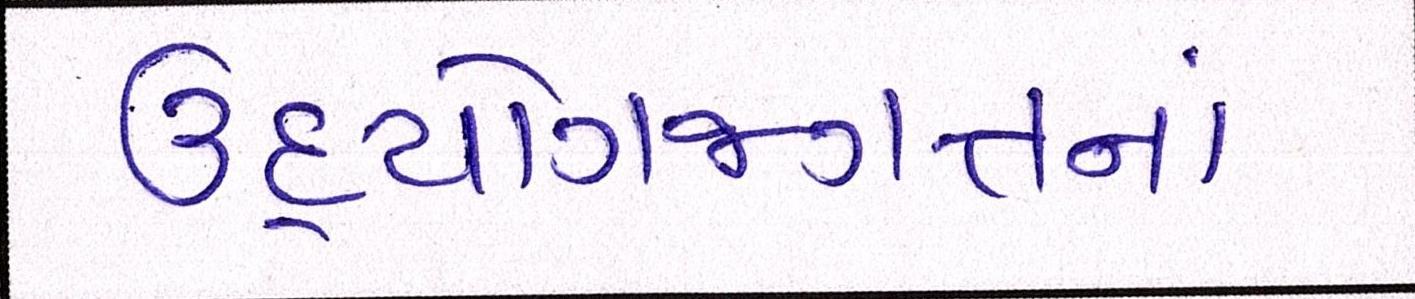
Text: ઉદ્યોગજગતનાં